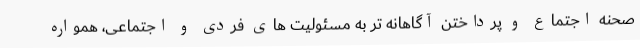
صحنه اجتماع و پرداختن آگاهانه تر به مسئولیت های فردی و اجتماعی، همواره